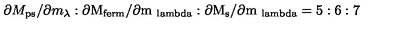
\partial M _ { \mathrm { p s } } / \partial m _ { \lambda } : \partial \mathrm { M _ { f e r m } / \partial m _ { \ l a m b d a } : \partial M _ { \mathrm { s } } / \partial m _ { \ l a m b d a } = 5 : 6 : 7 }